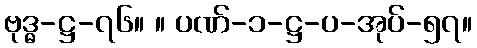
ဗုဒ္ဓ-ဋ္ဌ-၇၆။ ။ ပဏ်-၁-ဋ္ဌ-ပ-အုပ်-၅၇။